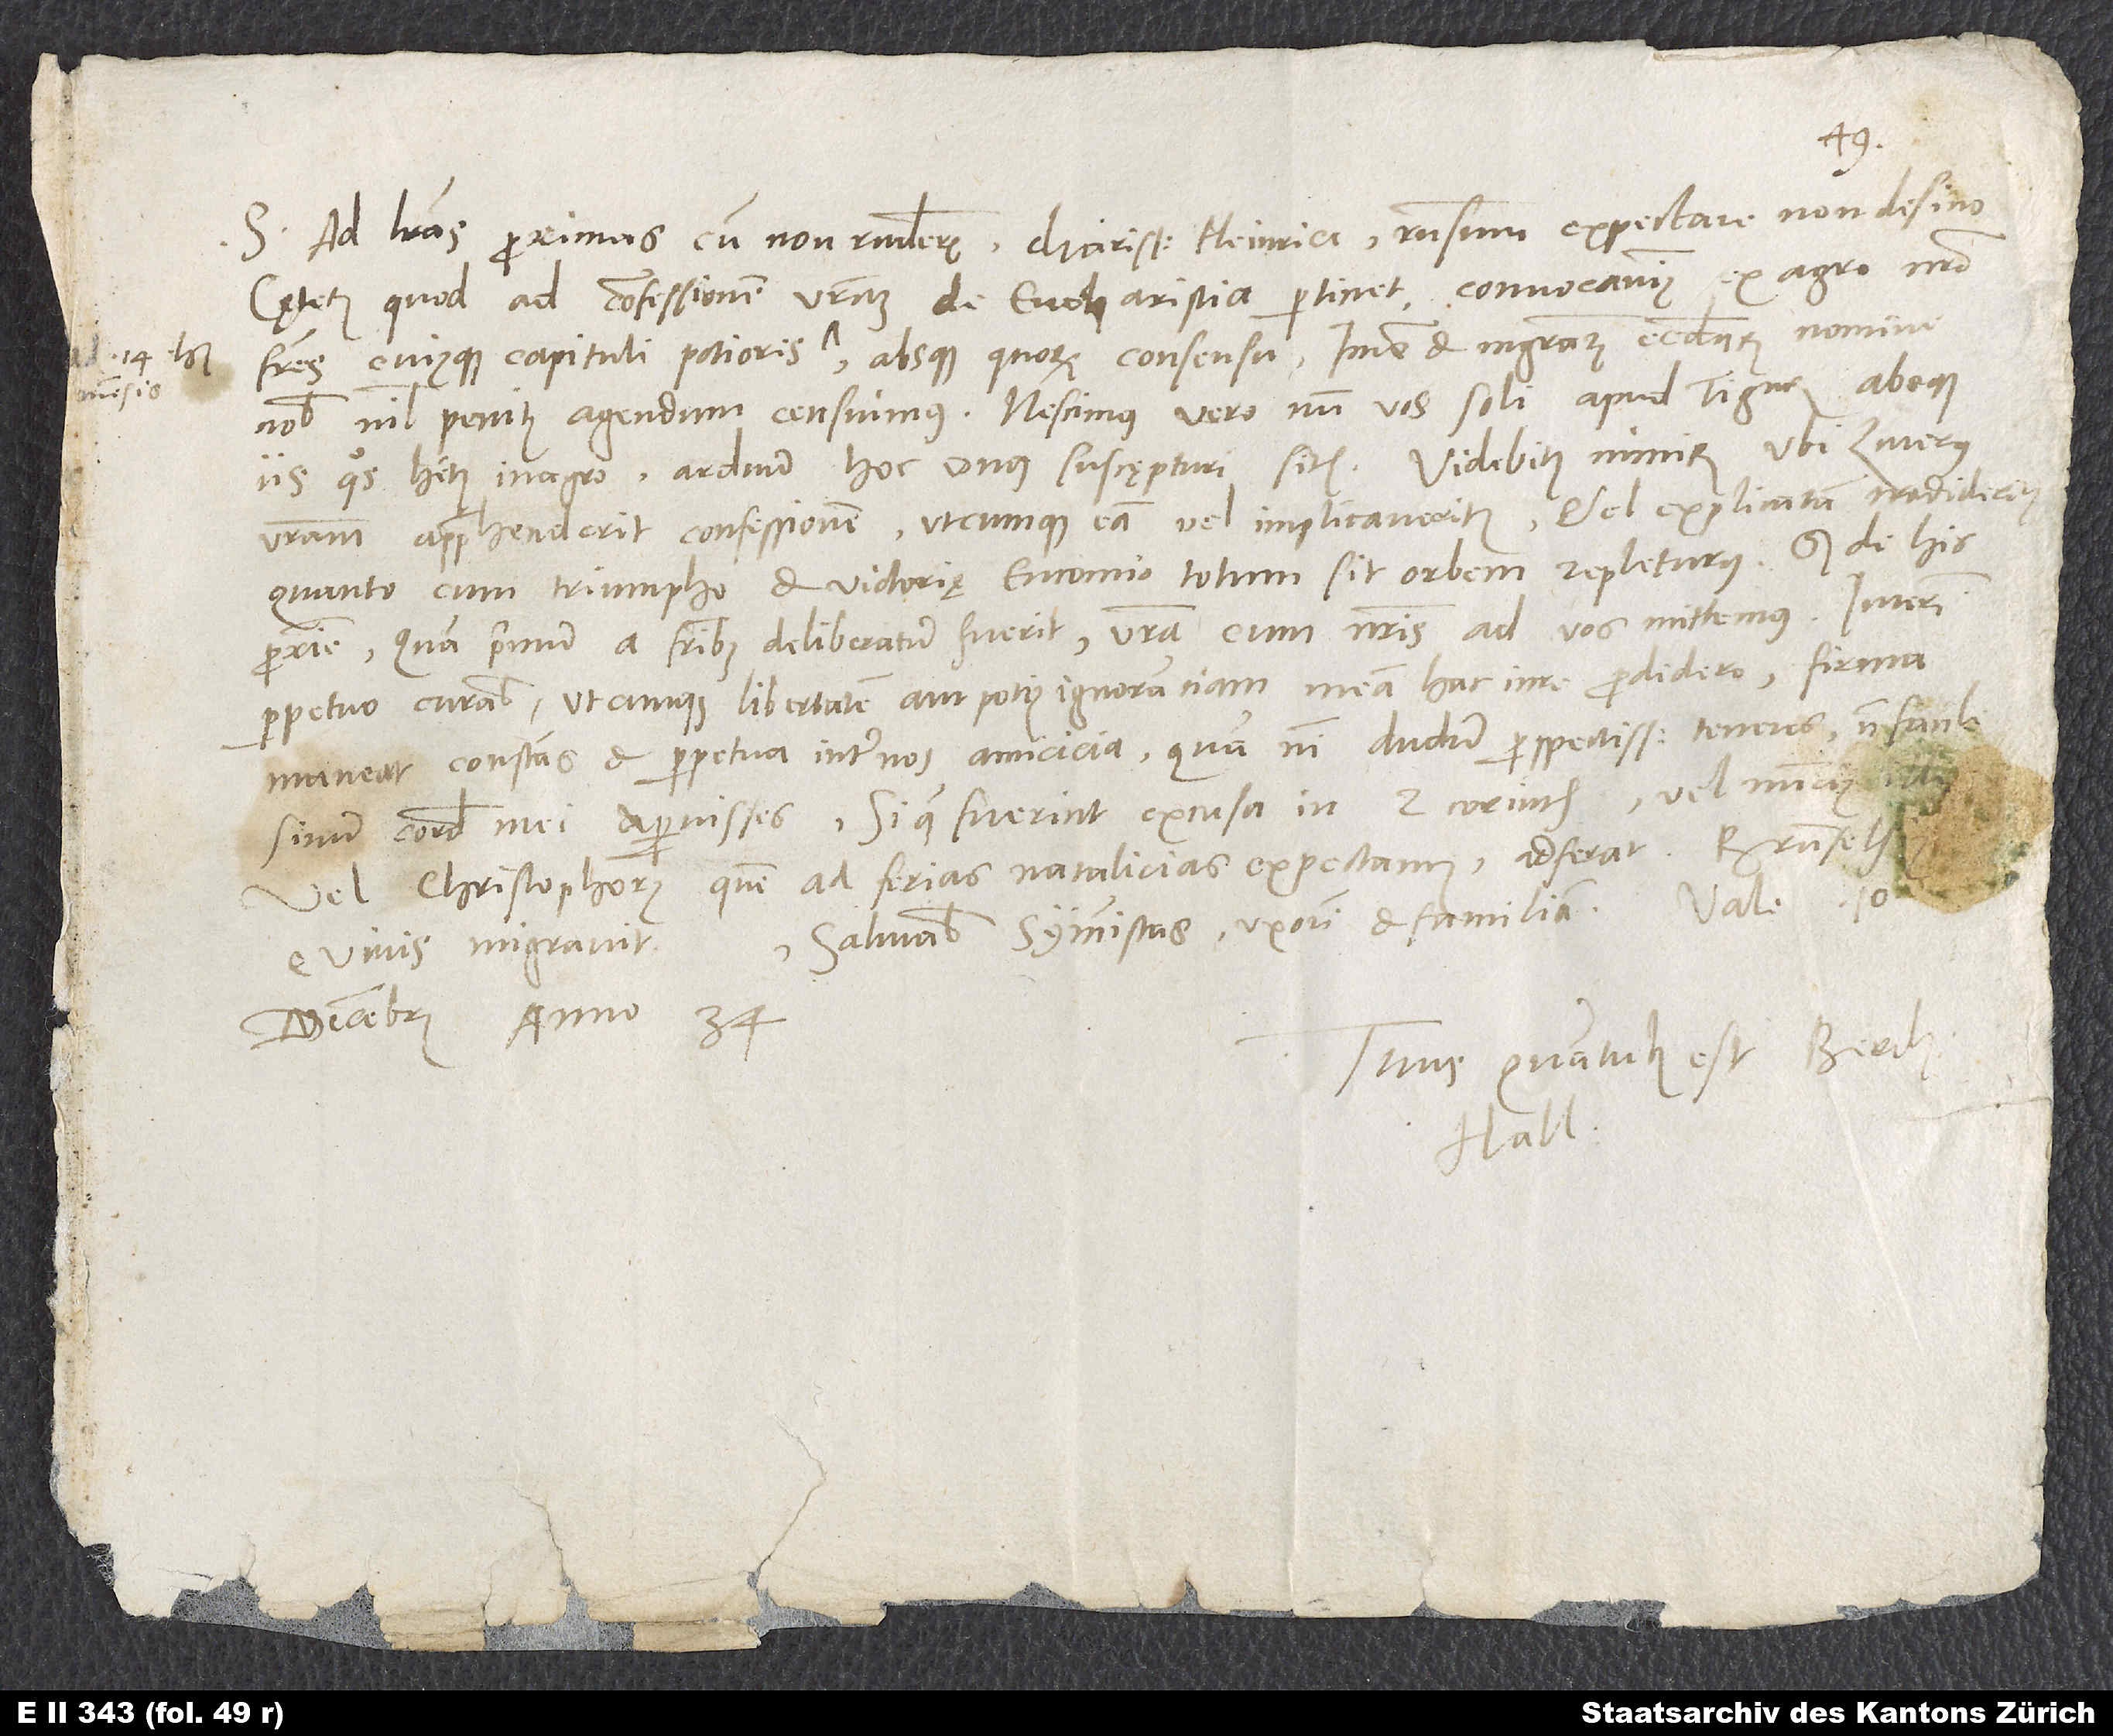
S. Ad literas proximas cum non responderis, charissime Heinrice, responsum expectare non desino.
Caeterum, quod ad confessionem vestram de eucharistia pertinet, convocavimus ex agro nostro
nobis nihil penitus agendum censuimus. Nescimus vero, num vos soli apud Tigurum absque
iis, quos habetis in agro, arduum hoc onus suscępturi sitis. Videbitis nimirum, ubi Luterus
vestram apprehenderit confessionem, utcumque eam vel implicaveritis vel explicatam tradideritis,
quanto cum triumpho et victorię encomio totum sit orbem repleturus. Sed de his
proxime. Quam primum a fratribus deliberatum fuerit, vestra cum nostris ad vos mittemus. Interim
perpetuo curabis, utcumque libertatem aut potius ignorantiam meam hac in re prodidero, firma
maneat, constans et perpetua inter nos amicicia, quam nisi dudum perspectissimam teneres, non facile
vel Christophorus, quem ad ferias natalicias expectamus, adferat. Brunfelsius
Salutabis symmistas, uxorem et familiam.
e vivis migravit.
decembris anno 34.
Tuus, quantulus est, Bercht.
Hall.